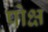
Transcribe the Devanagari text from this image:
पोक्ष